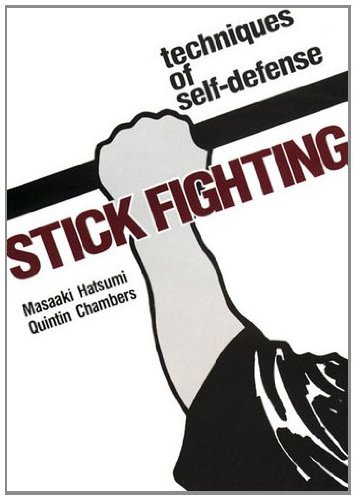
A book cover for Stick Fighting: Techniques of  Self-Defense; Masaaki Hatsumi; Sports & Outdoors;